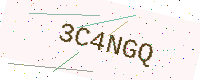
Text: 3C4NGQ